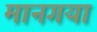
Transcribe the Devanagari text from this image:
मानगया